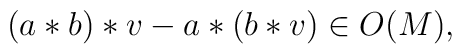
(a*b) * v - a * (b * v) \in O(M),